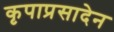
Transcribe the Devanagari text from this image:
कृपाप्रसादेन